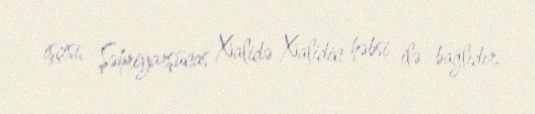
işçisi, Şəhriyarşünas Xalidə Xalidin həbsi ilə bağlıdır.